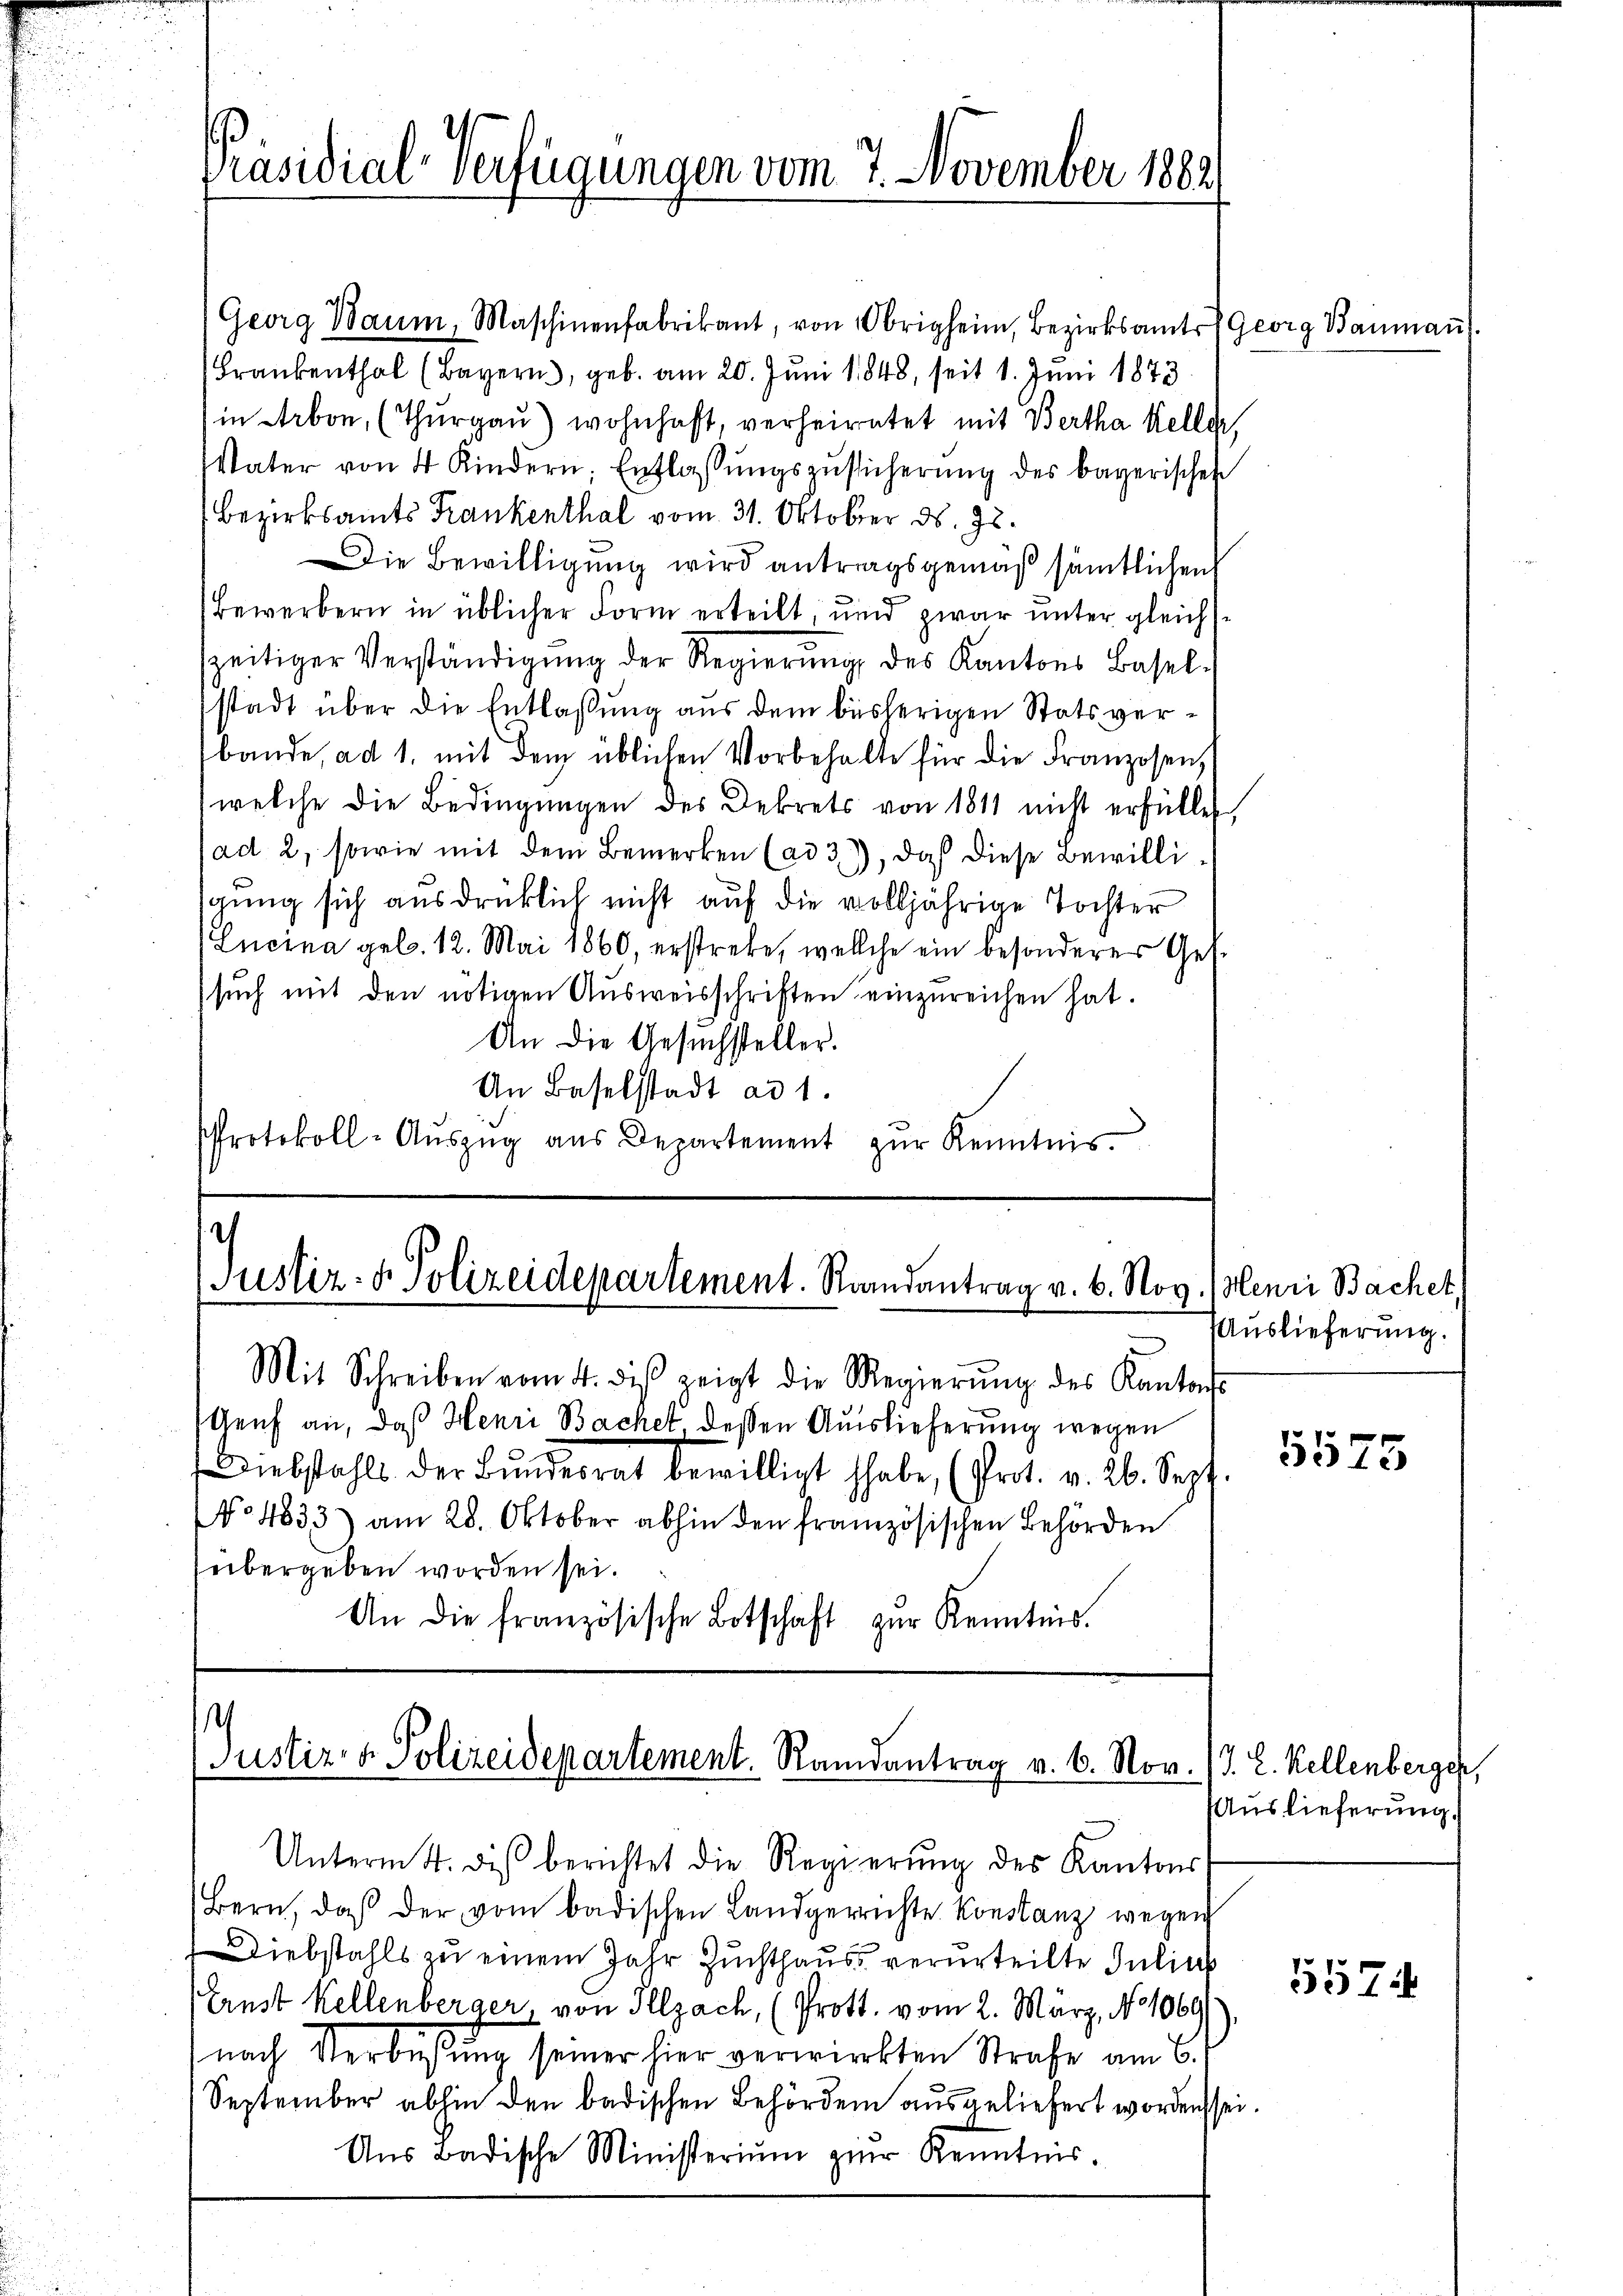
Georg Baŭm, Maschinenfabrikant, von Obrigheim, Bezirksamts Georg Baumaṅ
Frankenthal (Bayern, geb. am 20. Juni 1848, seit 1. Juni 1873
in Arbon, (Thŭrgaŭ) wohnhaft, verheiratet mit Bertha Keller
Vater von 4 Kindern, Entlassŭngszŭsicherŭng des bayerischen
Bezirksamts Frankenthal vom 31. Oktober ds. 78.
Die Bewilligung wird antragsgemäß sämtlichen
Bewerbern in üblicher Form erteilt, und zwar unter gleichsszeitiger Verständigŭng der Regierŭng des Kantons Basel-
stadt über die Entlassung aus dem bisherigen Stats verbande, ad 1. mit dem üblichen Vorbehalte für die Franzosen,
welche die Bedingŭngen des Dekrets von 1811 nicht erfüllet,
(ad 2, sowie mit dem Bemerken (ad 3), daß diese Bewilliigung sich ausdrücklich nicht auf die volljährige Tochter
Lucina geb. 12. Mai 1860, erstrebe, welche ein besonderer Ges.
such mit den nötigen Ausweisschriften einzureichen hat.
An die Gesuchsteller.
An Baselstadt ad 1.
Protokoll-Aŭszŭg aŭs Departement zŭr Kenntnis.

Präsidial-Verfügungen vom 7. November 1882

Justiz- & Polizeidepartement. Randantrag v. 6. Nov. (Menri Bachet,
Mit Schreiben vom 4. dβ zeigt die Regierŭng des Kantons-

Genf an, daß Henri Bachet, deßen Auslieferung wegen
Diebstahls der Bŭndesrat bewilligt habe, (Prot. v. 26. Sept.
No 4833) am 28. Oktober abhin den französischen Behörden
übergeben worden sei.
An die französische Botschaft zŭr Kenntnis.

h
Justiz- & Polizeidepartement. Randantrag v. 6. Nov. /J. L. Kellenberger,

Unterm 4. diβ berichtet die Regierŭng des Kantons
Bern, daß der vom badischen Landgerrichte Konstanz wegen
iebstahls zu einem Jahr Zuchthaus verurteilte Julius
Prust Kellenberger, von Illzach, (Prott. vom 2. März, No 1060
nach Verbüßung seiner hier verwirkten Strafe am 6.
September abhin den badischen Behörden ausgeliefert worden sei.
Ans Badische Ministerium zur Kenntnis.

Auslieferung.

5575

Auslieferung.

557